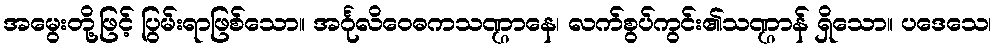
အမွေးတို့ဖြင့် ပြွမ်းရာဖြစ်သော။ အင်္ဂုလိဝေဓကသဏ္ဌာနေ၊ လက်စွပ်ကွင်း၏သဏ္ဌာန် ရှိသော။ ပဒေသေ၊